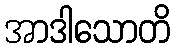
အာဒါသောတိ